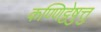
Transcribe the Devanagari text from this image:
कण्णिट्टेषु़त्तु